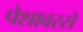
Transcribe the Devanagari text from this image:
पेशावरसे